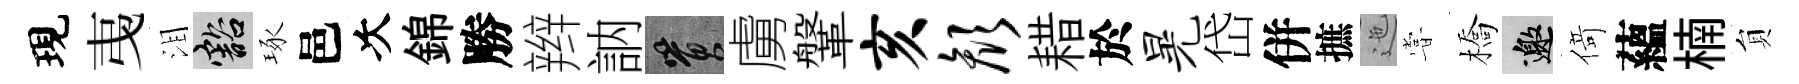
現𢎯泪豁琢邑次錦勝辫訥篔虜鞶亥颜耤於晃岱併摭迤甞橋邀𠋣蘊楠貟